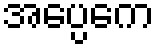
အပ္ပေကေ